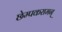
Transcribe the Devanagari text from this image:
छेम्पकरामन्